Statistical return of the lunatic asylum in Assam - 1912-1932
Year: 1912
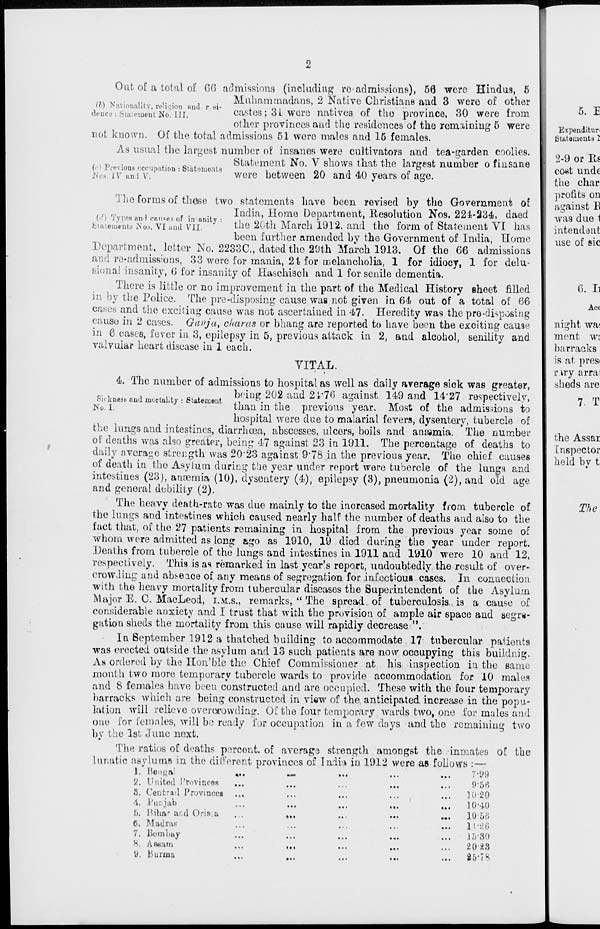
Sickness and mortality : Statement
No. I.
Out of a total of 60 admissions (including re-admissions), 56 were Hindus, 5
... ., . ,.
,. .
,
Muhammadans, 2 Native Christians and 3 were of other
denes: Statement No" Hi.
castes; 3i were natives of the province, 30 were trom
other provinces and the residences of the remaining 5 were
not known. Of the total admissions 51 wore males and 15 females.
As usual the largest number of insanes were cultivators and tea-garden coolies.
, . _ .
Statement No. V shows that the largest number o f insane
(<• | .n-pvious occupation: Statamorits
i ,
r\r\
1 AI\
£
Nos. IV ani v.
wcre between 20 and 40 years ol age.
The forms of these two statements have been revised by the Government of
i .
India, Home Department, Resolution Nos. 221-234, daed
I item^ntsNos^vTand VIL my the 2Gth March 1912, and the form of Statement VI has
been further amended by the Government of India, Home
Department, letter No. 2233C, dated the 29th March 1913. Of the 66 admissions
and re-admissions, 33 were for mania, 2t for melancholia, 1 for idiocy, 1 for delu-
sional insanity, 6 for insanity of Haschisch and 1 for senile dementia.
There is little or no improvement in the part of the Medical History sheet filled
in by the Police. The pre-disposing cause was not given in 64 out of a total of 66
cases and the exciting cause was not ascertained in 47- Heredity was the pro-disposing
cause in 2 cases. Gcwja, charas or bhang are reported to have been the exciting cause
in 6 cases, fever in 3, epilepsy in 5, previous attack in 2, and alcohol, senility and
valvular heart disease in 1 each.
VITAL.
4. The number of admissions to hospital as well as daily average siok was greater,
being 202 and 21*76 against 149 and 14'27 respectively,
than in the previous year. Most of the admissions to
hospital were due to malarial fevers, dysentery, tubercle of
the lungs and intestines, diarrhoea, abscesses, ulcers, boils and anajmia. The number
of deaths was also greater, being 47 against 23 in 1911. The percentage of deaths to
daily average strength was 20'23 against 9*78 in the previous year. The chief causes
of death in tho Asylum during the year under report were tubercle of the lungs and
intestines (23), anaemia (10), dysentery (4), epilepsy (3), pneumonia (2), and old age
and general debility (2).
The heavy death-rate was due mainly to the increased mortality from tubercle of
the lungs and intestines which caused nearly half the number of deaths and also to the
fact that, of the 27 patients remaining in hospital from the previous year some of
whom were admitted as long ago as 1910, 19 died during the year under report.
Heaths from tubercle of the lungs and intestines in 1911 and 1910 were 10 and 12,
respectively. This is as remarked in last year's report, undoubtedly the result of over-
crowding and abi-eace of any means of segregation for infectious cases. In connection
with the heavy mortality from tubercular diseases the Superintendent of the Asylum
Major E. C. MacLeod, I.M.S., remarks, " The spread of tuberculosis, is a cause of
considerable anxiety and I trust that with the provision of ample air space and segre-
gation sheds the mortality from this cause will rapidly decrease ".
In September 1912 a thatched building to accommodate 17 tubercular patients
was erected outside the asylum and 13 such patients are now occupying this buildnig.
As ordered by the Hon'ble the Chief Commissioner at his inspection in the same
month two more temporary tubercle wards to provide accommodation for 10 males
and 8 females have been constructed and are occupied. These with the four temporary
barracks which are being constructed in view of the anticipated increase in the popu-
lation will relieve overcrowding. Of the four temporary wards two, one for males and
one for females, will be ready for occupation in a few days and tho remaining two
by the 1st June next.
The ratios of deaths percent, of average strength amongst the inmates of the
lunatic asylums in the different provinces of India in 1912 were as follows
1. Bengal
2. United Provinces
3. Contrail Provinces
\. Punjab
5. Bihar ar.d Oris.a
6. Madras
7. Bombay
8. A seam
9. Burma
»••
«..
• i«
7 '99
956
10-20
10-i.O
10-56
l!-:!G
15-80
20-28
25-78
5. I
Expenditurt
Statements I
2-9 or Es
cost unde
the char
profits on
against E
was due 1
intendent
use of sic
6. I]
Ace
night wai
ment wi
barracks
is at pres<
r try arrai
sheds are
7. T
the Assar
Inspector
held by t
The